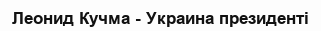
Леонид Кучма - Украина президенті